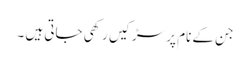
جن کے نام پر سڑکیں رکھی جاتی ہیں ۔